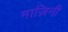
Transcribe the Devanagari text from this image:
माज़िनी